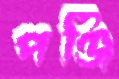
পঞ্জি